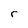
Character: r